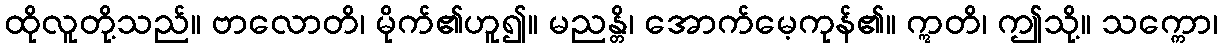
ထိုလူတို့သည်။ ဗာလောတိ၊ မိုက်၏ဟူ၍။ မညန္တိ၊ အောက်မေ့ကုန်၏။ ဣတိ၊ ဤသို့။ သက္ကော၊